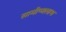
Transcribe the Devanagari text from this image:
सामीप्यलाभ